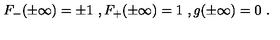
F _ { - } ( \pm \infty ) = \pm 1 \ , F _ { + } ( \pm \infty ) = 1 \ , g ( \pm \infty ) = 0 \ .